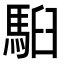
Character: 𩢹